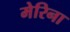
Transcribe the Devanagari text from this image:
मेरिना